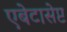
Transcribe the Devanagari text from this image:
एबेटासेप्ट